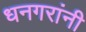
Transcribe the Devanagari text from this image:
धनगरांनी